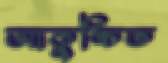
আকুঙ্চিত